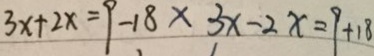
3 x + 2 x = 9 - 1 8 \times 3 x - 2 x = 9 + 1 8